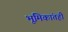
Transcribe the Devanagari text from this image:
भूमिकांतही